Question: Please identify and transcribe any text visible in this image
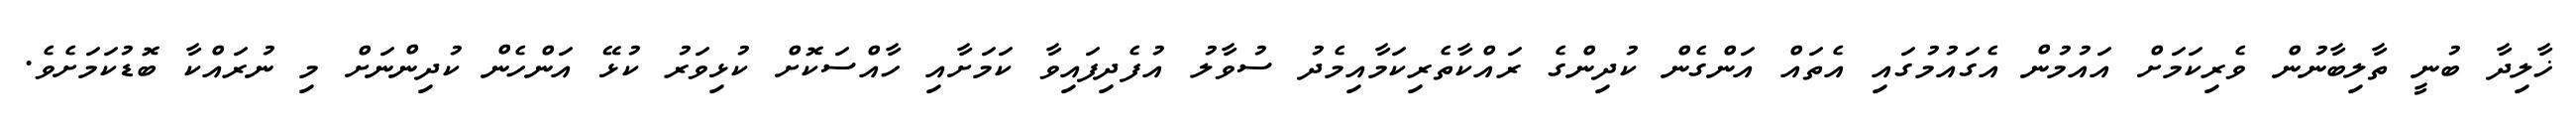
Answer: ޚާލިދާ ބުނީ ތާލިބާނުން ވެރިކަމަށް އައުމުން އެގައުމުގައި އެތައް އަންގެން ކުދިންގެ ރައްކާތެރިކަމާއިމެދު ސުވާލު އުފެދިފައިވާ ކަމަށާއި ހާއްސަކޮށް ކުޅިވަރު ކުޅޭ އަންހެން ކުދިންނަށް މި ނުރައްކާ ބޮޑުކަމަށެވެ.